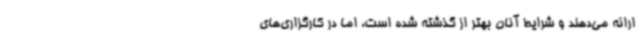
ارائه می‌دهند و شرایط آنان بهتر از گذشته شده است، اما در کارگزاری‌های